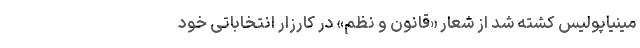
مینیاپولیس کشته شد از شعار «قانون و نظم» در کارزار انتخاباتی خود